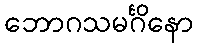
ဘောဂသမင်္ဂိနော